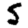
Digit: 5